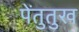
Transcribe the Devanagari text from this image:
पेंतुतुख